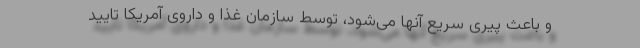
و باعث پیری سریع آنها می‌شود، توسط سازمان غذا و داروی آمریکا تایید